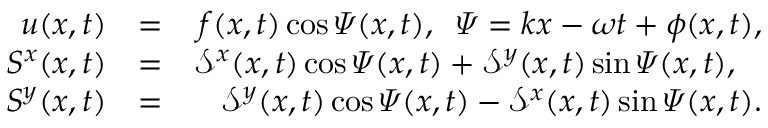
\begin{array} { r l r } { u ( x , t ) } & { = } & { f ( x , t ) \cos \varPsi ( x , t ) , \; \; \varPsi = k x - \omega t + \phi ( x , t ) , } \\ { S ^ { x } ( x , t ) } & { = } & { \mathcal { S } ^ { x } ( x , t ) \cos \varPsi ( x , t ) + \mathcal { S } ^ { y } ( x , t ) \sin \varPsi ( x , t ) , \; \; \; } \\ { S ^ { y } ( x , t ) } & { = } & { \mathcal { S } ^ { y } ( x , t ) \cos \varPsi ( x , t ) - \mathcal { S } ^ { x } ( x , t ) \sin \varPsi ( x , t ) . } \end{array}